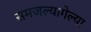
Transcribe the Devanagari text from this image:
समजल्यागेल्या